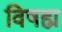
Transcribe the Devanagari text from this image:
विषह्म